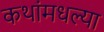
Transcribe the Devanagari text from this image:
कथांमधल्या